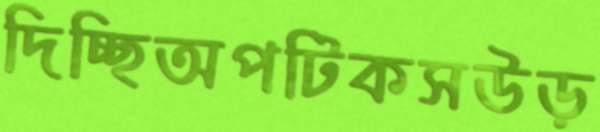
দিচ্ছিঅপটিকসউড়